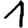
Digit: 1